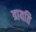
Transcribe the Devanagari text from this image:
त्रायति